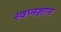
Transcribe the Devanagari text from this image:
स्वप्नज्ञान